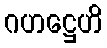
ဂဟဋ္ဌေဟိ